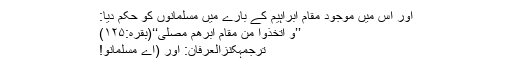
اور اس میں موجود مقامِ ابراہیم کے بارے میں مسلمانوں کو حکم دیا:
’’وَ اتَّخِذُوْا مِنْ مَّقَامِ اِبْرٰهٖمَ مُصَلًّى‘‘(بقرہ:۱۲۵)
ترجمۂکنزُالعِرفان: اور (اے مسلمانو!